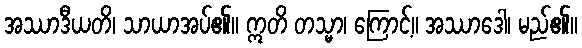
အဿာဒီယတိ၊ သာယာအပ်၏။ ဣတိ တသ္မာ၊ ကြောင့်။ အဿာဒေါ၊ မည်၏။